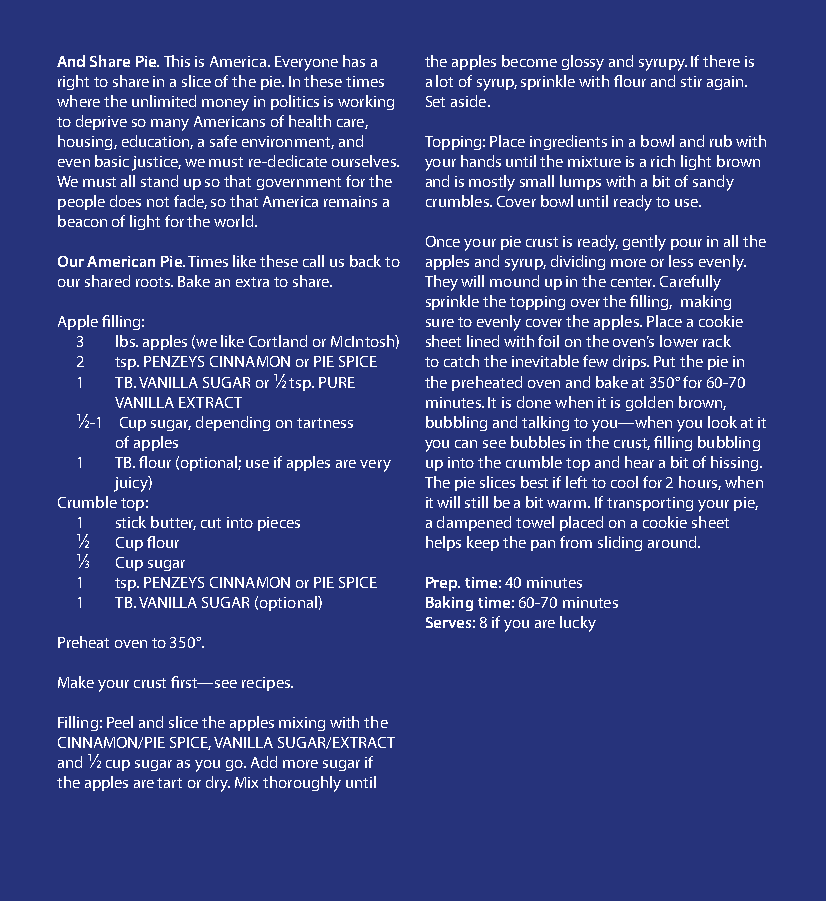
And Share Pie. This is America. Everyone has a the apples become glossy and syrupy. If there is
 right to share in a slice of the pie. In these times a lot of syrup, sprinkle with flour and stir again.
 where the unlimited money in politics is working Set aside.
 to deprive so many Americans of health care,
 housing, education, a safe environment, and Topping: Place ingredients in a bowl and rub with
 even basic justice, we must re-dedicate ourselves. your hands until the mixture is a rich light brown
 We must all stand up so that government for the and is mostly small lumps with a bit of sandy
 people does not fade, so that America remains a crumbles. Cover bowl until ready to use.
 beacon of light for the world.
 Once your pie crust is ready, gently pour in all the
 Our American Pie. Times like these call us back to apples and syrup, dividing more or less evenly.
 our shared roots. Bake an extra to share. They will mound up in the center. Carefully
 sprinkle the topping over the filling, making
 Apple filling:          sure to evenly cover the apples. Place a cookie
 3  lbs. apples (we like Cortland or McIntosh) sheet lined with foil on the oven’s lower rack
 2  tsp. PENZEYS CINNAMON or PIE SPICE to catch the inevitable few drips. Put the pie in
 1  TB. VANILLA SUGAR or 1⁄ 2 tsp. PURE the preheated oven and bake at 350° for 60-70
 VANILLA EXTRACT     minutes. It is done when it is golden brown,
 1⁄ 2-1 Cup sugar, depending on tartness bubbling and talking to you—when you look at it
 of apples           you can see bubbles in the crust, filling bubbling
 1  TB. flour (optional; use if apples are very up into the crumble top and hear a bit of hissing.
 juicy)              The pie slices best if left to cool for 2 hours, when
 Crumble top:            it will still be a bit warm. If transporting your pie,
 1  stick butter, cut into pieces a dampened towel placed on a cookie sheet
 1⁄ 2 Cup flour         helps keep the pan from sliding around.
 1⁄ 3 Cup sugar
 1  tsp. PENZEYS CINNAMON or PIE SPICE Prep. time: 40 minutes
 1  TB. VANILLA SUGAR (optional) Baking time: 60-70 minutes
 Serves: 8 if you are lucky
 Preheat oven to 350°.
 Make your crust first—see recipes.
 Filling: Peel and slice the apples mixing with the
 CINNAMON/PIE SPICE, VANILLA SUGAR/EXTRACT
 and 1⁄ 2 cup sugar as you go. Add more sugar if
 the apples are tart or dry. Mix thoroughly until